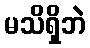
မသိရှိဘဲ